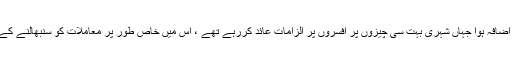
لیکن جیسے جیسے وقت گذرتا گیا ، ایسے معاملات میں اور اضافہ ہوا جہاں شہری بہت سی چیزوں پر افسروں پر الزامات عائد کررہے تھے ، اس میں خاص طور پر معاملات کو سنبھالنے کے لئے غیر ضروری طور پر طاقت کا استعمال بھی شامل تھا۔